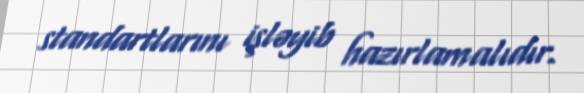
standartlarını işləyib hazırlamalıdır.